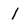
Character: l